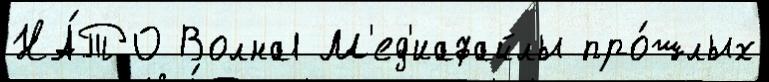
НА́ТО Волна1 М'ед'иафайлы про́шлых